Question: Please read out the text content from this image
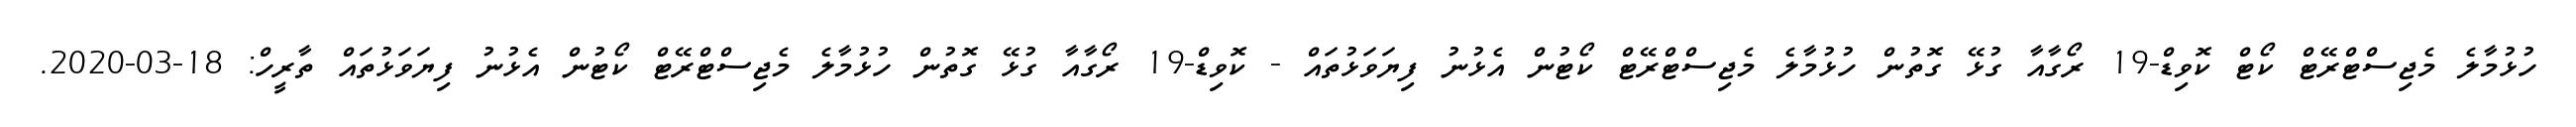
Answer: ހުޅުމާލެ މެޖިސްޓްރޭޓް ކޯޓް ކޮވިޑް-19 ރޯގާއާ ގުޅޭ ގޮތުން ހުޅުމާލެ މެޖިސްޓްރޭޓް ކޯޓުން އެޅުނު ފިޔަވަޅުތައް - ކޮވިޑް-19 ރޯގާއާ ގުޅޭ ގޮތުން ހުޅުމާލެ މެޖިސްޓްރޭޓް ކޯޓުން އެޅުނު ފިޔަވަޅުތައް ތާރީހް: 18-03-2020.